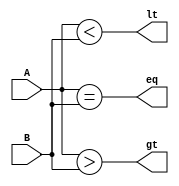
module comparator (
    input [3:0] A,
    input [3:0] B,
    output eq,
    output gt,
    output lt
);

assign eq = (A == B);
assign gt = (A > B);
assign lt = (A < B);

endmodule